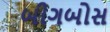
બીગબોસ